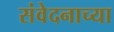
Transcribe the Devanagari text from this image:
संवेदनाच्या